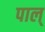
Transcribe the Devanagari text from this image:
पाल्